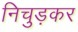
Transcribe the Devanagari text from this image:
निचुड़कर